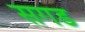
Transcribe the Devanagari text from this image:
सगड